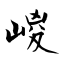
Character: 嵕